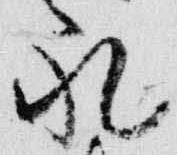
礼